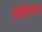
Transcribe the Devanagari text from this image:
प्रक्षेपास्त